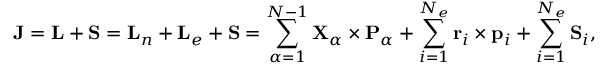
{ \mathbf { J } } = { \mathbf { L } } + { \mathbf { S } } = { \mathbf { L } } _ { n } + { \mathbf { L } } _ { e } + { \mathbf { S } } = \sum _ { \alpha = 1 } ^ { N - 1 } { \mathbf { X } } _ { \alpha } \times { \mathbf { P } } _ { \alpha } + \sum _ { i = 1 } ^ { N _ { e } } { \mathbf { r } } _ { i } \times { \mathbf { p } } _ { i } + \sum _ { i = 1 } ^ { N _ { e } } { \mathbf { S } } _ { i } ,